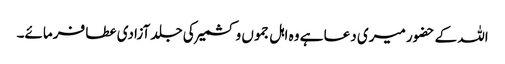
اللہ کے حضور میری دعا ہے وہ اہل جموں و کشمیر کی جلد آزادی عطا فرمائے۔